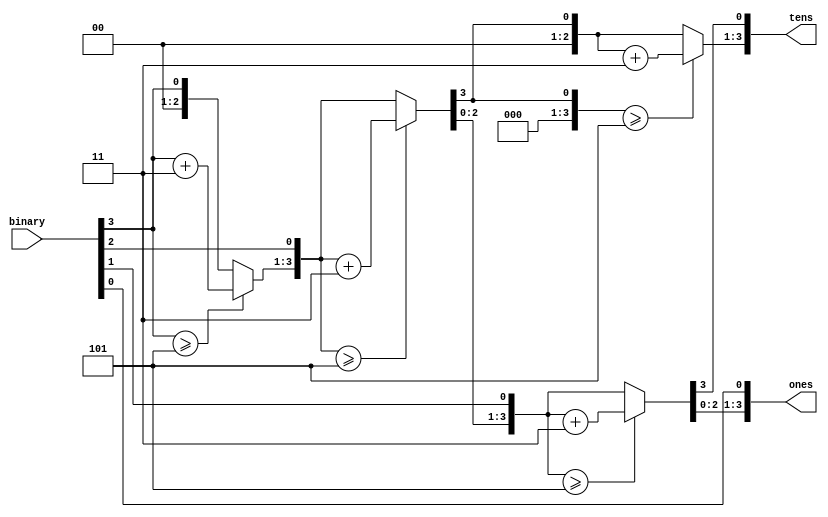
`timescale 1ns / 1ps
//////////////////////////////////////////////////////////////////////////////////
// Company: 
// Engineer: 
// 
// Design Name: 
// Module Name: BIN_to_BCD
// Project Name: 
// Target Devices: 
// Tool Versions: 
// Description: 
// 
// Dependencies: 
// 
// Revision:
// Revision 0.01 - File Created
// Additional Comments:
// 
//////////////////////////////////////////////////////////////////////////////////


module BIN_to_BCD(
    input [3:0] binary,
    output reg [3:0] tens, ones
);

integer i;

always @(binary)
begin
  tens = 4'b0;
  ones = 4'b0;

  for (i = 3; i >= 0; i = i - 1)
    begin
        if (tens >= 5)
            tens = tens + 3;
        if (ones >= 5)
            ones = ones + 3;

        tens = tens << 1;
        tens[0] = ones[3];
        ones = ones << 1;
        ones[0] = binary[i];
    end
end
endmodule